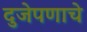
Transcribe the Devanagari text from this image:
दुजेपणाचे